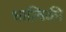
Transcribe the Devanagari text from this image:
धात्विकी